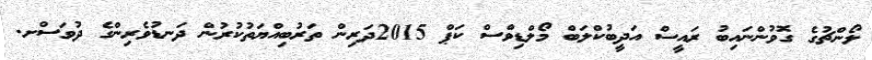
ލޯންޗުގެ ގޮވުންނައިބު ރައީސް އަދީބުކްލަބް މޯލްޑިވްސް ކަޕް 2015ދަރިން ތަރުބިއްޔަތުކުރުން ދަނޑުވެރިންގެ ދުވަސްށ.